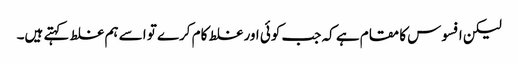
لیکن افسوس کا مقام ہے کہ جب کوئی اور غلط کام کرے تو اسے ہم غلط کہتے ہیں۔